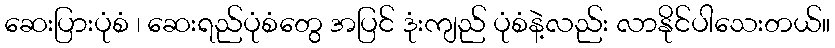
ဆေးပြားပုံစံ ၊ ဆေးရည်ပုံစံတွေ အပြင် ဒုံးကျည် ပုံစံနဲ့လည်း လာနိုင်ပါသေးတယ်။